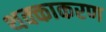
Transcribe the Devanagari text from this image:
थक्काकरण